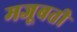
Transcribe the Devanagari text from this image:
मजूबती